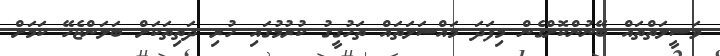
ވަސީލަތްތައް ބޭނުންކޮށްގެން މިފަދަ މައްސަލަތައް ތަހުގީގު ކުރުމުގައި ހުރި ދަތިތަކަށް ބަލަންޖެހޭ ކަމަށް